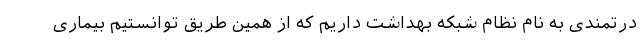
درتمندی به نام نظام شبکه بهداشت داریم که از همین طریق توانستیم بیماری